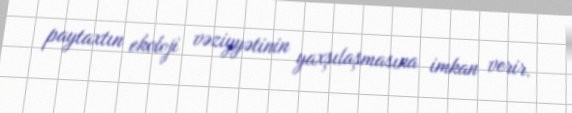
paytaxtın ekoloji vəziyyətinin yaxşılaşmasına imkan verir.